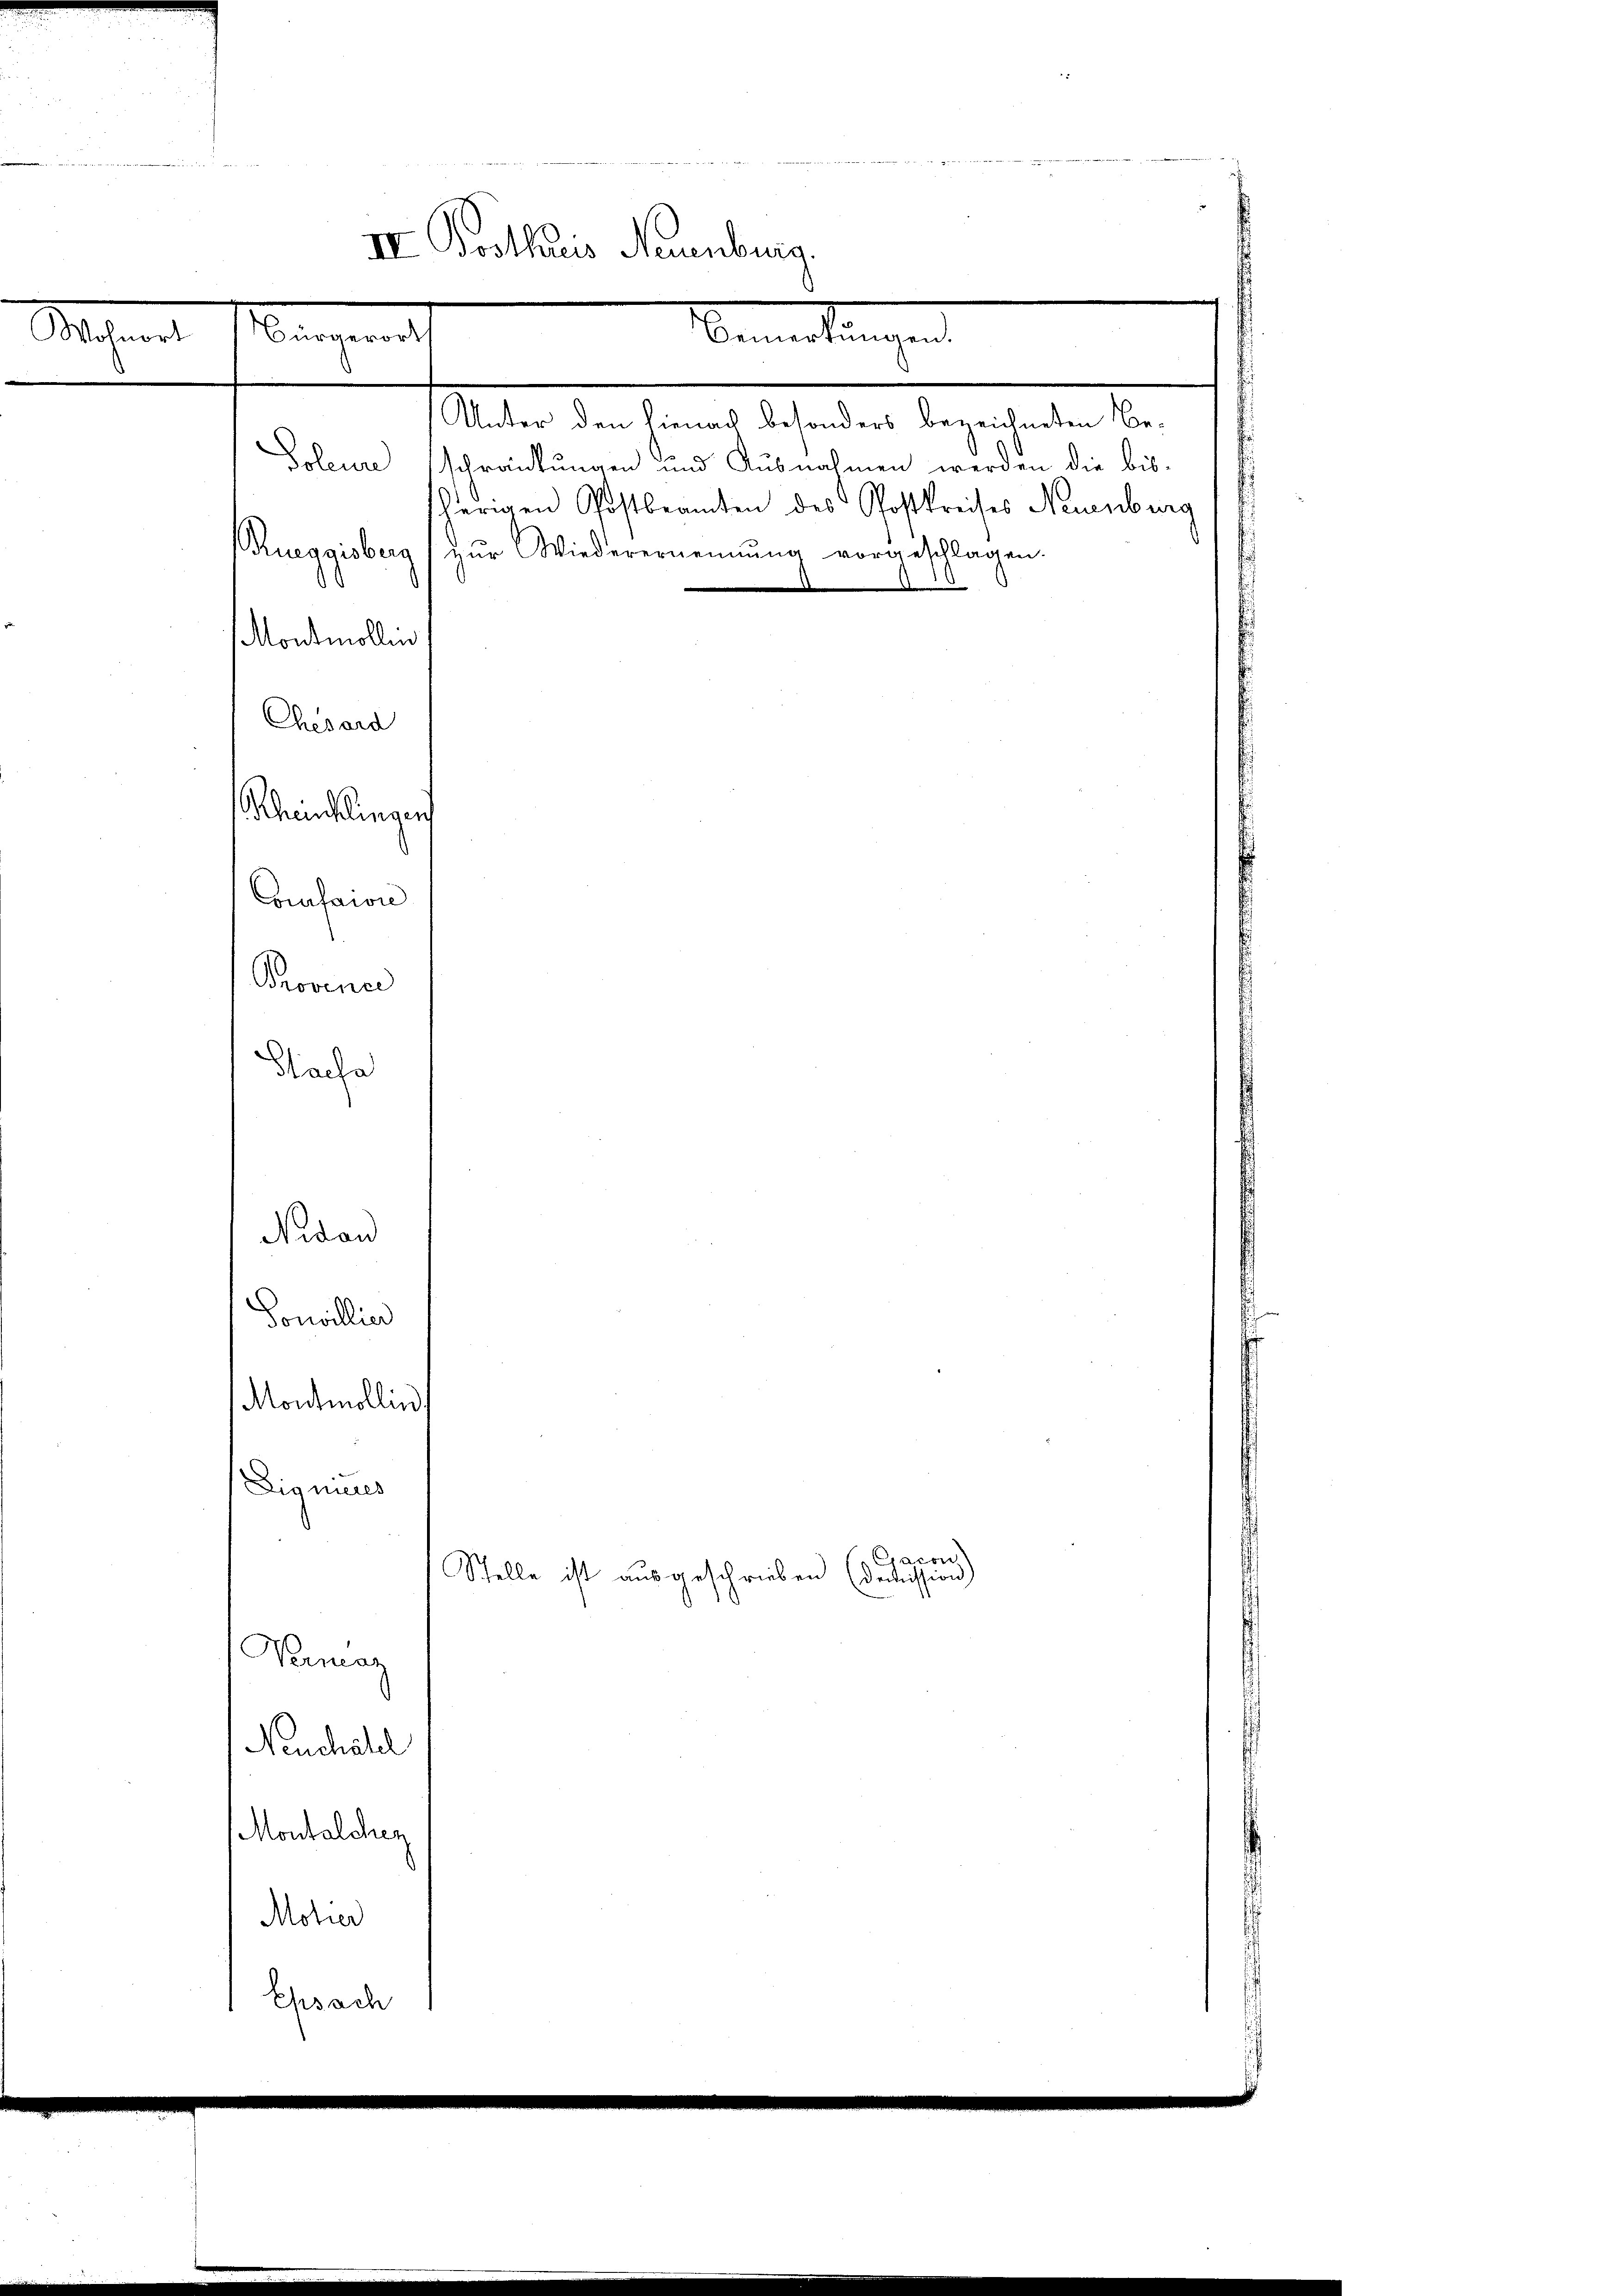
IV. Posthuris Neuenburg.
Bangen
Mohren
Bemerkungen

r
Soleure schränkungen und Ausnahmen werden die bissherigen Postbeamten des Postkreises Neuenburg
Rueggisberg zŭr Wiederernennung vorgeschlagen.
10
Chesard
Rheuchlingen
ofaion
Provence
Sache
Nidau
Sonvillier
Montmollin,
Eigneres
acon
Stelle ist ausgeschrieben (demission
Vernaz
Neuchähel
Montalcher
Moher
Ehsach

Montmollin

Unter den hienach besonders bezeichneten Be¬